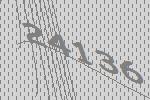
24136